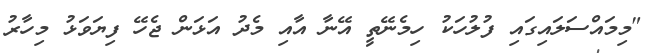
"މިމައްސަލައިގައި ފުލުހަކު ހިމެނޭތީ އޭނާ އާއި މެދު އަޅަން ޖެހޭ ފިޔަވަޅު މިހާރު